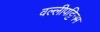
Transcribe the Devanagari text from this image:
वल्लीपट्टिनम